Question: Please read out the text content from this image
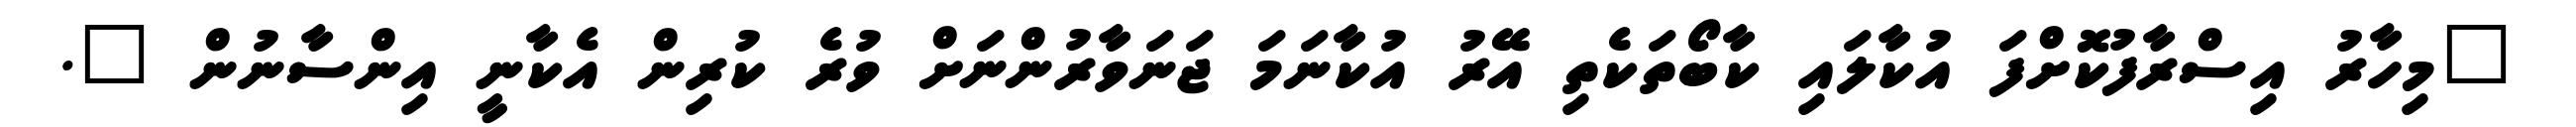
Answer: "މިހާރު އިސްރާފުކޮށްފަ އުކާލައި ކާބޯތަކެތި އޭރު އުކާނަމަ ޖަނަވާރުންނަށް ވުރެ ކުރިން އެކާނީ އިންސާނުން ".